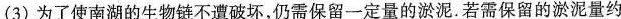
(3)为了使南湖的生物链不遭破坏，仍需保留一定量的淤泥.若需保留的淤泥量约